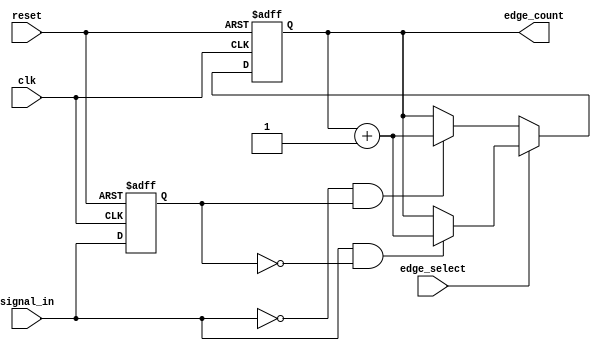
module edge_counter (
    input wire clk,              // Clock input
    input wire reset,            // Asynchronous reset
    input wire signal_in,        // Input signal to monitor
    input wire edge_select,      // Control signal for edge selection
    output reg [31:0] edge_count // Edge count output
);

// Internal register to store previous state of the signal
reg signal_in_prev;

// Synchronous process for edge detection and counting
always @(posedge clk or posedge reset) begin
    if (reset) begin
        // Reset edge count and previous state on reset
        edge_count <= 32'b0;
        signal_in_prev <= 1'b0; // Initialize to low
    end else begin
        // Check for edge detection based on edge_select
        if (edge_select) begin
            // Count rising edges
            if (signal_in && !signal_in_prev) begin
                edge_count <= edge_count + 1;
            end
        end else begin
            // Count falling edges
            if (!signal_in && signal_in_prev) begin
                edge_count <= edge_count + 1;
            end
        end

        // Store the current state of signal_in for the next clock cycle
        signal_in_prev <= signal_in;
    end
end

endmodule